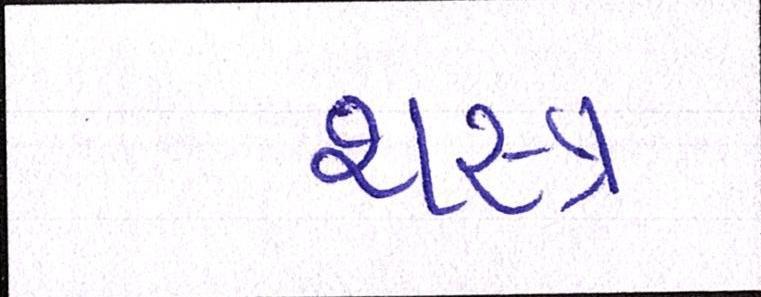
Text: શસ્ત્ર